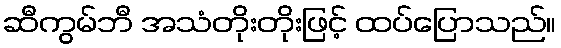
ဆီကွမ်ဘီ အသံတိုးတိုးဖြင့် ထပ်ပြောသည်။